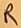
Text: R